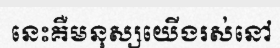
នេះគឺមនុស្សយើងរស់នៅ